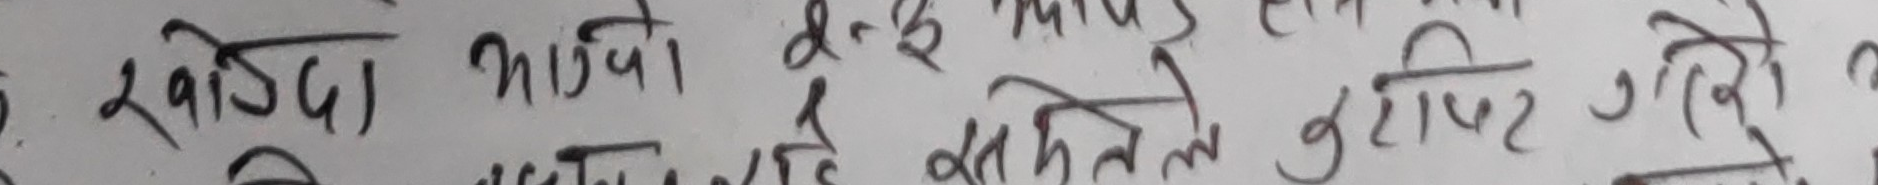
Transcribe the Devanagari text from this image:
खरिद नापयो d-2 मापुस होला र खतिले टिपट गरेको ।